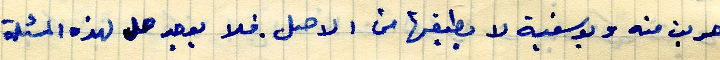
هربت منه ويوسفية لا يطيقها من الاصل. فلا يوجد حل لهذه المسئلة